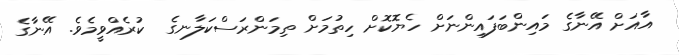
އާއަށް އޭނާގެ މައިންބަފައިންނަށް ހެޔޮކޮށް ހިތުމަށް ތިމަންރަސްކަލާނގެ  ކުރެއްވީމެވެ. އޭނާގެ